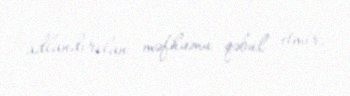
adlandırılan məfhumu qəbul etmir.